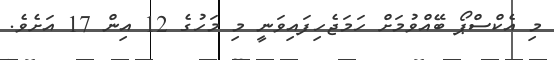
މި އެކްސްޕޯ ބޭއްވުމަށް ހަމަޖެހިފައިވަނީ މި މަހުގެ 12 އިން 17 އަށެވެ.